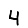
Digit: 4